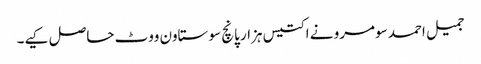
جمیل احمد سومرو نے اکتیس ہزار پانچ سو ستاون ووٹ حاصل کیے۔